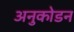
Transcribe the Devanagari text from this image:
अनुकोडन